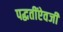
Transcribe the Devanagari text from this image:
पद्धतींऐवजी